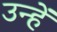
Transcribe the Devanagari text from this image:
उन्हें